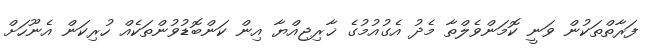
ފަރާތްތަކުން ވަނީ ކޮމަންވެލްތާ މެދު އެގުއުމުގެ ޚާރިޖިއްޔާ އިން ކަންބޮޑުވުންތަކެއް ހުރިކަން އެނޫހަށް